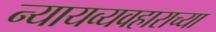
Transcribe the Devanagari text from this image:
न्यायव्यवहाराच्या